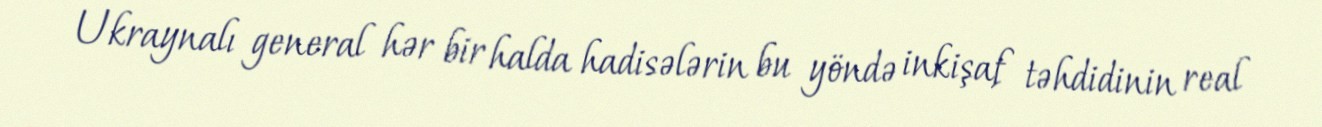
Ukraynalı general hər bir halda hadisələrin bu yöndə inkişaf təhdidinin real